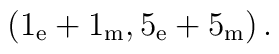
\bigl(1_{\rm e} + 1_{\rm m}, 5_{\rm e} + 5_{\rm m}\bigr)\, .